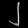
Digit: ၂